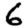
Digit: 6